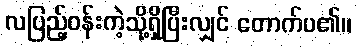
လပြည့်ဝန်းကဲ့သို့ရှိပြီးလျှင် တောက်ပ၏။